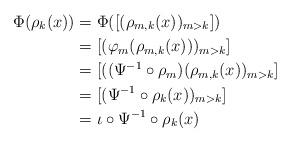
LaTeX: \begin{align*}\Phi(\rho_k(x))&=\Phi([(\rho_{m,k}(x))_{m>k}])\\&=[(\varphi_m(\rho_{m,k}(x)))_{m>k}]\\&=[((\Psi^{-1}\circ\rho_m)(\rho_{m,k}(x))_{m>k}]\\&=[(\Psi^{-1}\circ\rho_k(x))_{m>k}]\\&=\iota\circ\Psi^{-1}\circ\rho_k(x) \end{align*}